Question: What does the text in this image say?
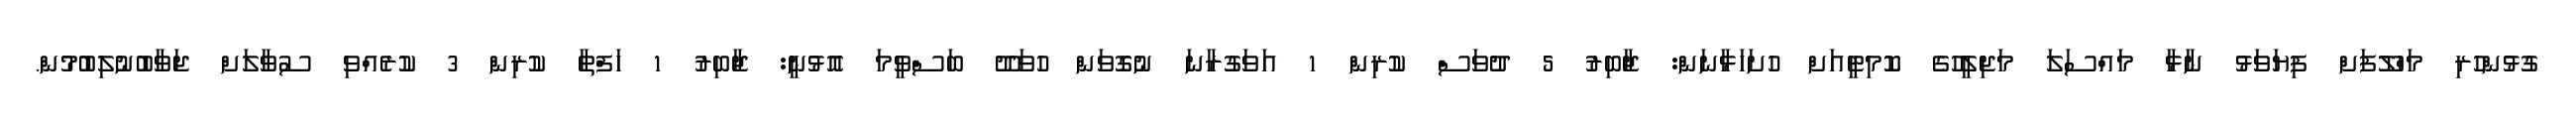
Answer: ގުޅުންހުރި މަހްލޫފަށް ފިޔަވަޅު ނާޅާ މައްސަލަ މަޖިލީހުގެ ކޮމިޓީއަށް ހުށަހަޅާނަން: ޖާބިރު 5 ދުވަސް ކުރިން 1 އަވަގުރާނަ ނުގޮވަން ހުވަދޫ ބަސްވީމަ އޮޅުނީ: ޖާބިރު 1 ހަފްތާ ކުރިން 3 ކުރެއްވި ސުވާލަށް ޖަވާބުނުލިބުމުން.